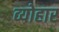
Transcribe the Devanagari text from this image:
व्योहार